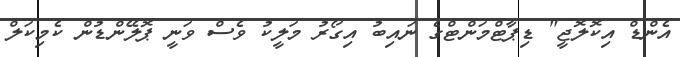
އެންޑް އިކޮލޮޖީ" ޑިޕާޓްމަންޓްގެ ނައިބު އިގޯރު މަލީކު ވެސް ވަނީ ޕޮލޭންޑުން ކެމިކަލް